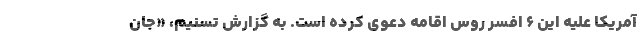
آمریکا علیه این ۶ افسر روس اقامه دعوی کرده است. به گزارش تسنیم، «جان